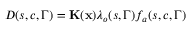
D ( s , c , \Gamma ) = { \bf K } ( \mathbf { x } ) \ensuremath { \lambda } _ { o } ( s , \Gamma ) f _ { a } ( s , c , \Gamma )